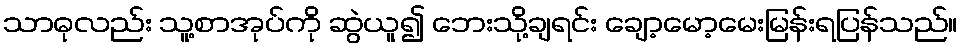
သာဓုလည်း သူ့စာအုပ်ကို ဆွဲယူ၍ ဘေးသို့ချရင်း ချော့မော့မေးမြန်းရပြန်သည်။